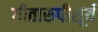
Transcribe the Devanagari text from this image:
गीतारूपीसूर्य